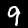
Digit: 9